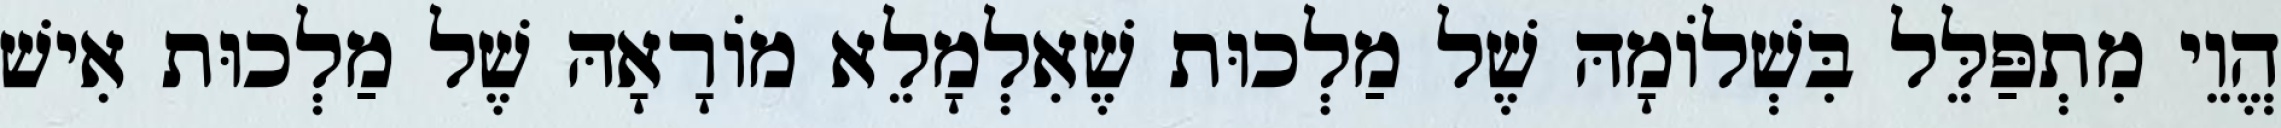
הֱוֵי מִתְפַּלֵּל בִּשְׁלוֹמָהּ שֶׁל מַלְכוּת שֶׁאִלְמָלֵא מוֹרָאָהּ שֶׁל מַלְכוּת אִישׁ